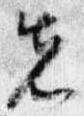
先